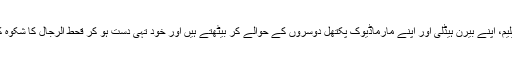
وہ اپنے عبداللہ کوئیلیم، اپنے بیرن ہیڈلی اور اپنے مارماڈیوک پکتھل دوسروں کے حوالے کر بیٹھتے ہیں اور خود تہی دست ہو کر قحط الرجال کا شکوہ کرتے رہ جاتے ہیں۔